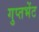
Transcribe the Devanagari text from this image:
गुप्तभेंट